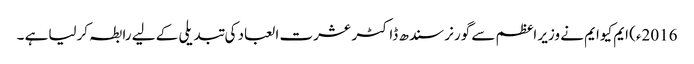
2016ء) ایم کیوایم نے وزیر اعظم سے گورنر سندھ ڈاکٹر عشرت العباد کی تبدیلی کے لیے رابطہ کرلیاہے ۔